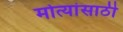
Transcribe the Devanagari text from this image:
मोत्यांसाठी